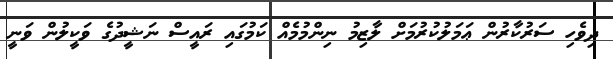
ދިވެހި ސަރުކާރުން ޢަމަލުކުރުމަށް ލާޒިމު ނިންމުމެއް ކަމުގައި ރައީސް ނަޝީދުގެ ވަކީލުން ވަނީ